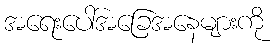
အရေးပေါ်အခြေအနေများကို